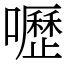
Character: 嚦